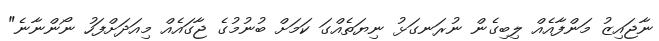
ނާޖައިޒު މަންފާއެއް ލިބިގެން ނުރަނގަޅު ނިޔަތެއްގަ ކަމަށް ބުނުމުގެ ޖާގައެއް މިއަދަށްފަހު ނޯންނާނެ"